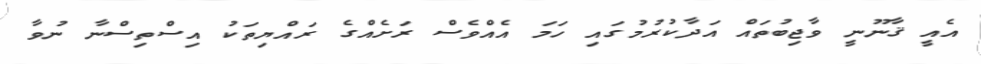
އެއީ ޤާނޫނީ ވާޖިބުތައް އަދާކުރުމުގައި ހަމަ އެއްވެސް ރަށެއްގެ ރައްޔިތަކު އިސްތިސްނާ ނުވާ